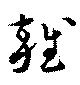
雑